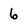
Character: 6